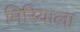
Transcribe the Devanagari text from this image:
मिरियाला